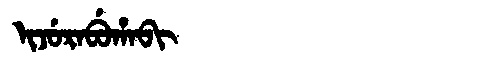
Manchu: ᡳᠵᡠᡵᠠᠪᡠᡥᠠᠪᡳ
Romanization: IJURABUHABI